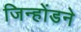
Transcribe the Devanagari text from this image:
जिन्होंडने